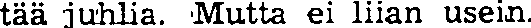
tää juhlia. Mutta ei liian usein.